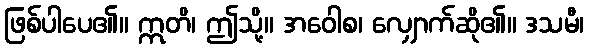
ဖြစ်ပါပေ၏။ ဣတိ၊ ဤသို့။ အဝေါစ၊ လျှောက်ဆို၏။ ဒသမီ၊